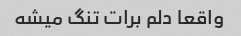
واقعا دلم برات تنگ میشه